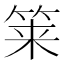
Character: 𮵱